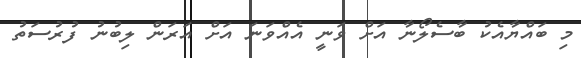
މި ބައްޔާއެކު ބާސެލޯނާ އަށް ވަނީ އެއްވަނަ އަށް އަރަން ލިބުނު ފުރުސަތު